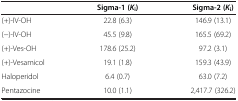
<table><thead><tr><td><b> </b></td><td><b>Sigma-1 (<i>K</i><sub>i</sub>)</b></td><td><b>Sigma-2 (<i>K</i><sub>i</sub>)</b></td></tr></thead><tbody><tr><td>(+)-IV-OH</td><td>22.8 (6.3)</td><td>146.9 (13.1)</td></tr><tr><td>(−)-IV-OH</td><td>45.5 (9.8)</td><td>165.5 (69.2)</td></tr><tr><td>(+)-Ves-OH</td><td>178.6 (25.2)</td><td>97.2 (3.1)</td></tr><tr><td>(+)-Vesamicol</td><td>19.1 (1.8)</td><td>159.3 (43.9)</td></tr><tr><td>Haloperidol</td><td>6.4 (0.7)</td><td>63.0 (7.2)</td></tr><tr><td>Pentazocine</td><td>10.0 (1.1)</td><td>2,417.7 (326.2)</td></tr></tbody></table>